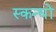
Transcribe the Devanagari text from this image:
स्कन्धों